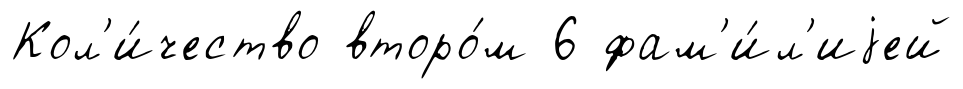
Кол'и́чество второ́м 6 фам'и́л'иjей